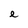
Character: e